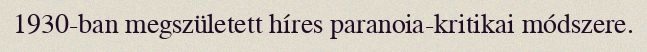
1930-ban megszületett híres paranoia-kritikai módszere.